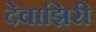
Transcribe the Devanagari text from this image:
देवाझिरी